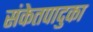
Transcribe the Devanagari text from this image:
संकेतपादुका